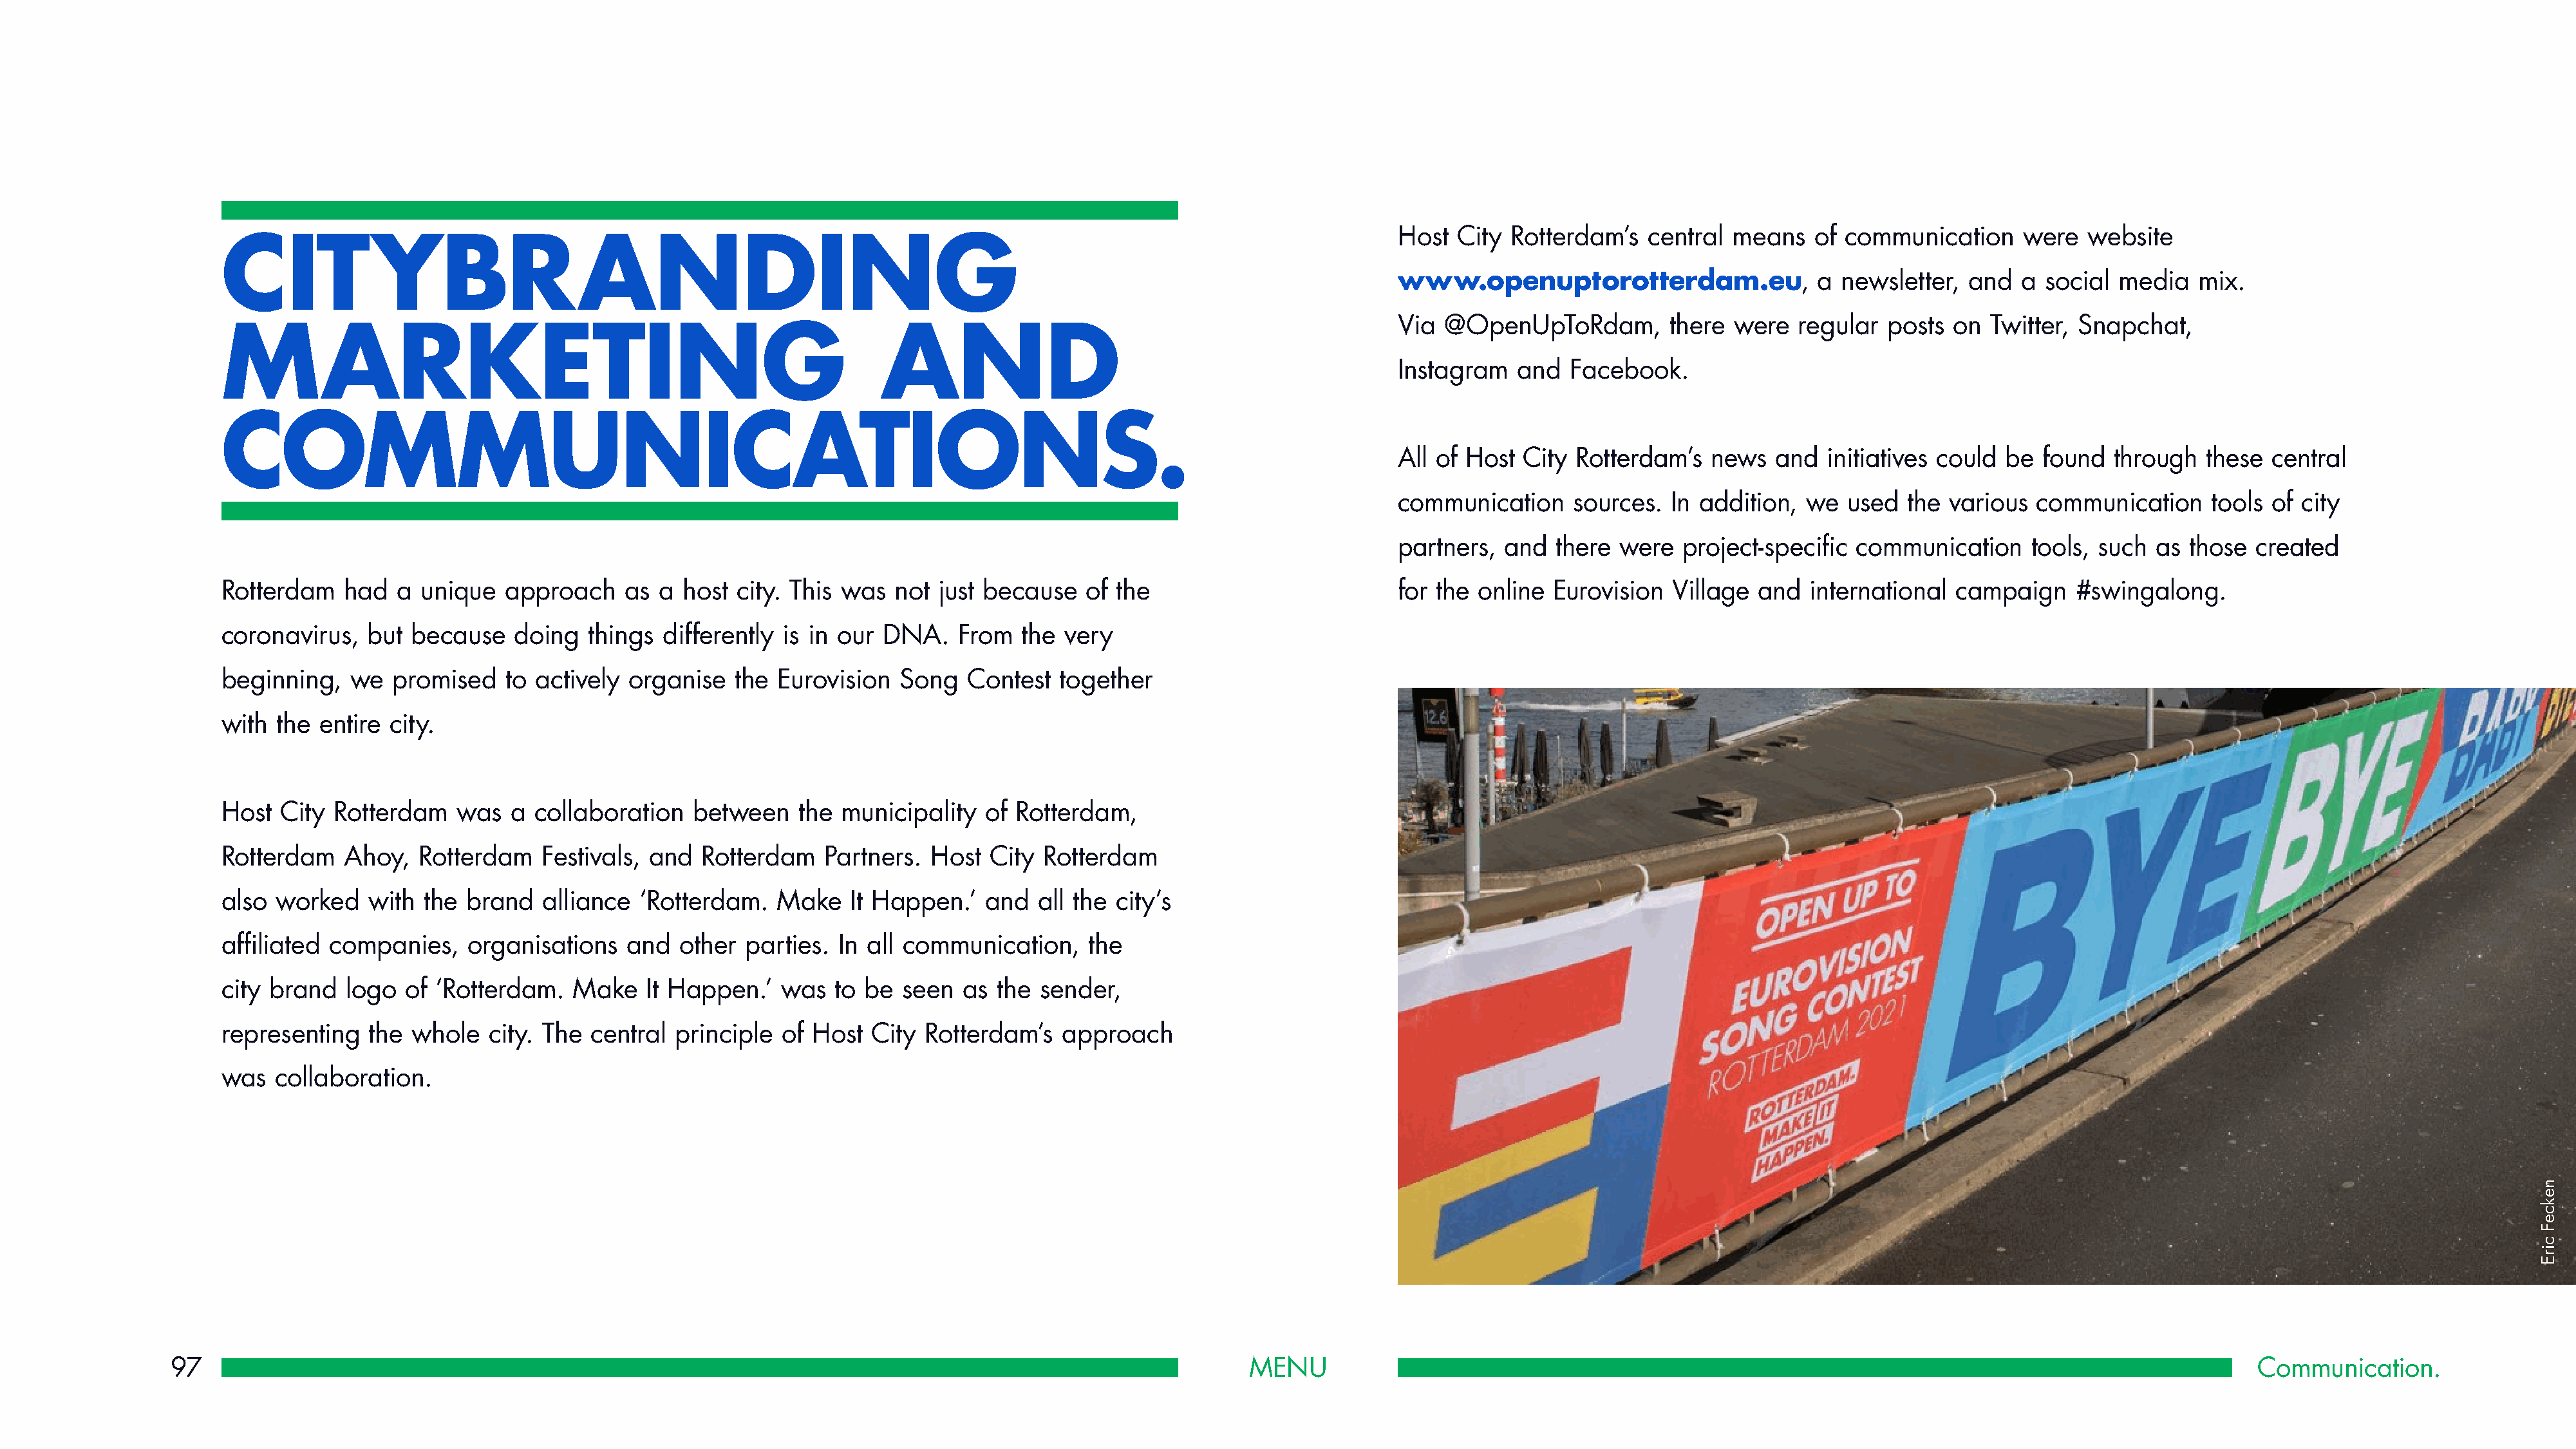
Host  City Rotterdam’s   central  means    of communication     were   website
 CITYBRANDING
 www.openuptorotterdam.eu,                  a newsletter,  and   a social  media   mix.
 Via @OpenUpToRdam,          there were   regular  posts  on  Twitter, Snapchat,
 MARKETING                                                           AND
 Instagram   and  Facebook.
 COMMUNICATIONS.
 All of Host  City Rotterdam’s   news   and  initiatives could be  found  through   these  central
 communication     sources.  In addition,  we  used  the various  communication     tools  of city
 partners,  and  there  were  project-specific  communication     tools, such  as those  created
 Rotterdam   had   a unique   approach    as  a host  city. This was  not just because    of the                          for the online  Eurovision  Village  and  international  campaign    #swingalong.
 coronavirus,   but because    doing   things differently is in our  DNA.    From  the very
 beginning,   we  promised    to actively  organise   the Eurovision  Song   Contest   together
 with the  entire city.
 Host  City Rotterdam    was   a collaboration   between    the  municipality  of Rotterdam,
 Rotterdam   Ahoy,   Rotterdam    Festivals, and  Rotterdam    Partners.  Host  City Rotterdam
 also worked    with  the brand   alliance  ‘Rotterdam.   Make   It Happen.’   and   all the city’s
 affiliated companies,    organisations   and   other  parties. In all communication,     the
 city brand   logo  of ‘Rotterdam.   Make   It Happen.’   was   to be  seen  as  the sender,
 representing   the whole   city. The  central principle  of Host   City Rotterdam’s   approach
 was  collaboration.
 97                                                                                                            MENU                                                                                                    Communication.
 nekceF
 cirE